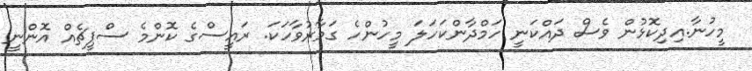
މީހުނާ.އިދިކޮޅުން ވެސް ދައްކަނީ ހަމްދާންކަހަލަ މީހުންހެ ގަމާރުވާހަކަ. ރައީސްގެ ކޮންމެ ސްޕީޗެއް އޮންނީ